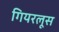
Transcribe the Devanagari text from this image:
गियरलूस